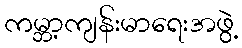
ကမ္ဘာ့ကျန်းမာရေးအဖွဲ့